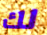
لك